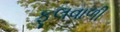
ફૂલવાળી